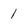
Character: 1